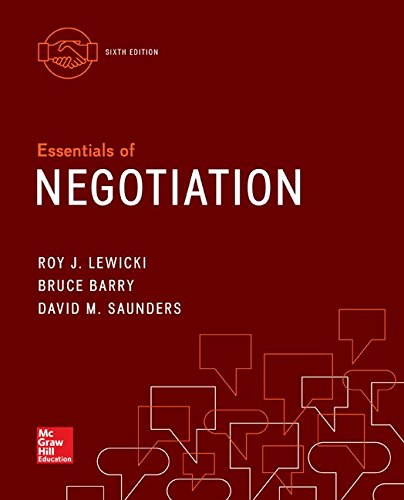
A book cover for Essentials of Negotiation; Roy Lewicki; Business & Money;